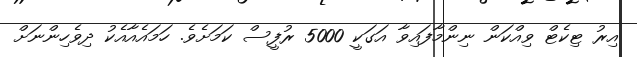
އިރު ޓިކެޓް ވިއްކަން ނިންމާފައިވާ އަގަކީ 5000 ރުފީސް ކަމަށެވެ. ހަމައެއާއެކު ދިވެހިންނަށް